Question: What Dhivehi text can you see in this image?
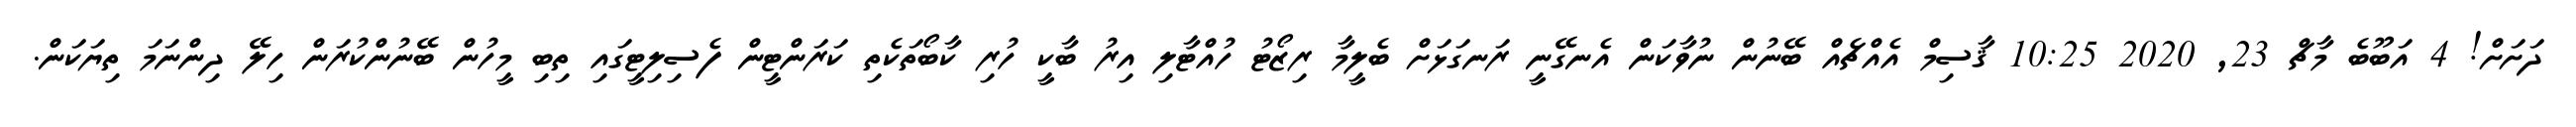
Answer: ދަށަށް! 4 އަބޫބެ މާޗް 23, 2020 10:25 ޤާސިމް އެއްޗެއް ބޭނުން ނުވާކަން އެނގޭނީ ރަނގަޅަށް ބެލީމާ ރިޒޯޓު ހުއްޓާލި އިރު ބާކީ ހުރި ކާބޯތަކެތި ކަރަންޓީން ފެސިލިޓީގައި ތިބި މީހުން ބޭނުންކުރަން ހިލޭ ދިންނަމަ ތިޔަކަން.